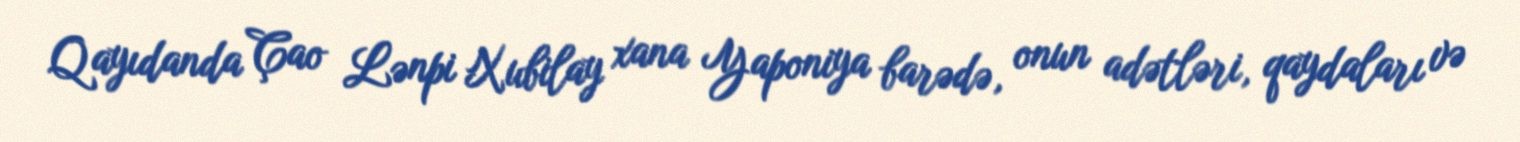
Qayıdanda Çao Lənpi Xubilay xana Yaponiya barədə, onun adətləri, qaydaları və